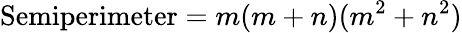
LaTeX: {\mathrm{Semiperimeter}}=m(m+n)(m^{2}+n^{2})